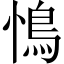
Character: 𮬩